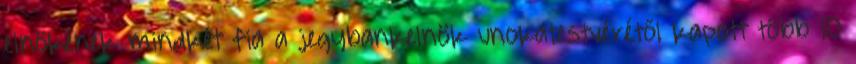
elnökének mindkét fia a jegybankelnök unokatestvérétől kapott több 10